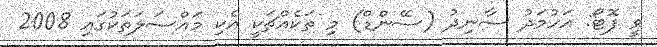
ވީ ފޮޓޯ: އަހުމަދު ސާނިދު (ސޭންޑް) މި ތަކެއްޗަކީ އެކި މައްސަލަތަކުގައި 2008